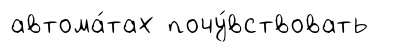
автома́тах почу́вствовать